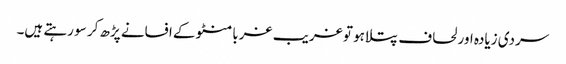
سردی زیادہ اور لحاف پتلا ہو تو غریب غربا منٹو کے افسانے پڑھ کر سو رہتے ہیں۔